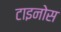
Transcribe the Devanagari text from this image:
टाइनोस